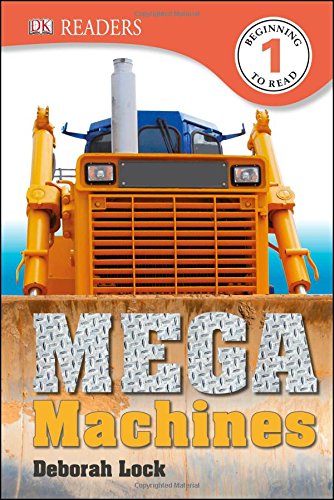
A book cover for DK Readers L1: Mega Machines; Deborah Lock; Children's Books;